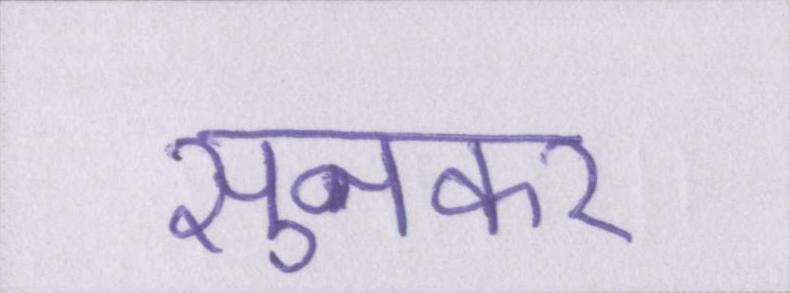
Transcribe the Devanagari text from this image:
सुनकर